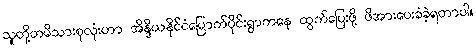
သူတို့တမိသားစုလုံးဟာ အိန္ဒိယနိုင်ငံမြောက်ပိုင်းရွာကနေ ထွက်ပြေးဖို့ ဖိအားပေးခံခဲ့ရတာပါ။